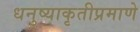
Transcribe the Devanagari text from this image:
धनुष्याकृतीप्रमाणे